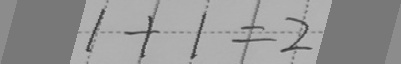
1 + 1 = 2